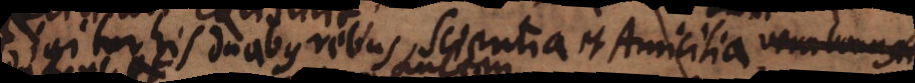
igitur his duabus rebus, Scientia et Amicitia,